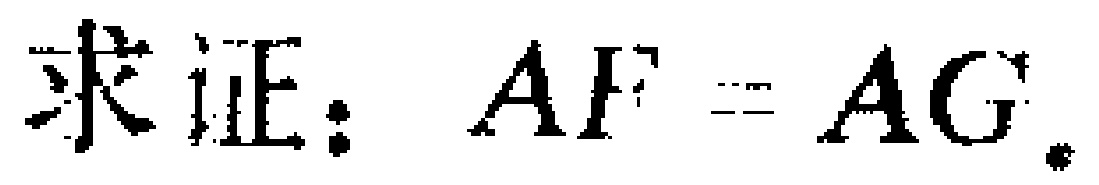
求证：$AF = AG$.